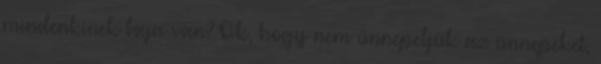
mindenkinek baja van? Ok, hogy nem ünnepeljük az ünnepeket,